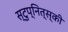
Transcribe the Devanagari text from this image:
स्टुप्नित्स्की